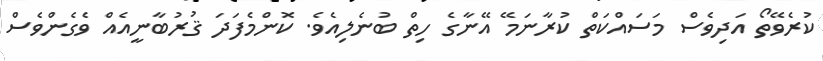
ކުރެވޭތޯ އަދިވެސް މަސައްކަތް ކުރާނަމޭ އޭނާގެ ހިތް ބުނެލިއެވެ. ކޮންމެފަދަ ޤުރުބާނީއެއް ވެގެންވެސް